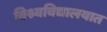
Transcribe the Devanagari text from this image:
विश्र्वविद्यालयात